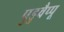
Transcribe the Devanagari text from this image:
पुडुवैप्पू